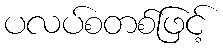
ပလပ်စတစ်ဖြင့်